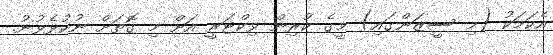
އެކަމަކު (މި ސީޒަންގައި) މީގެ ކުރިން ވިކްޓަރީ އަށް މި ގޮތަށް ނުކުޅެވުނު.